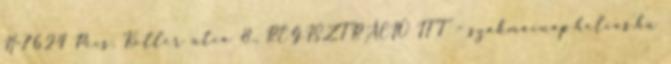
H-7624 Pécs, Koller utca 8., REGISZTRÁCIÓ ITT - szakmainap.helios.hu